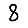
Digit: 8